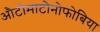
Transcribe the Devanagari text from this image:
औटोमाटोनोफोबिया